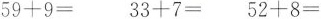
$$5 9 + 9 =$$ $$3 3 + 7 =$$ $$5 2 + 8 =$$